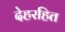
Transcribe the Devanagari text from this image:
देहरहित